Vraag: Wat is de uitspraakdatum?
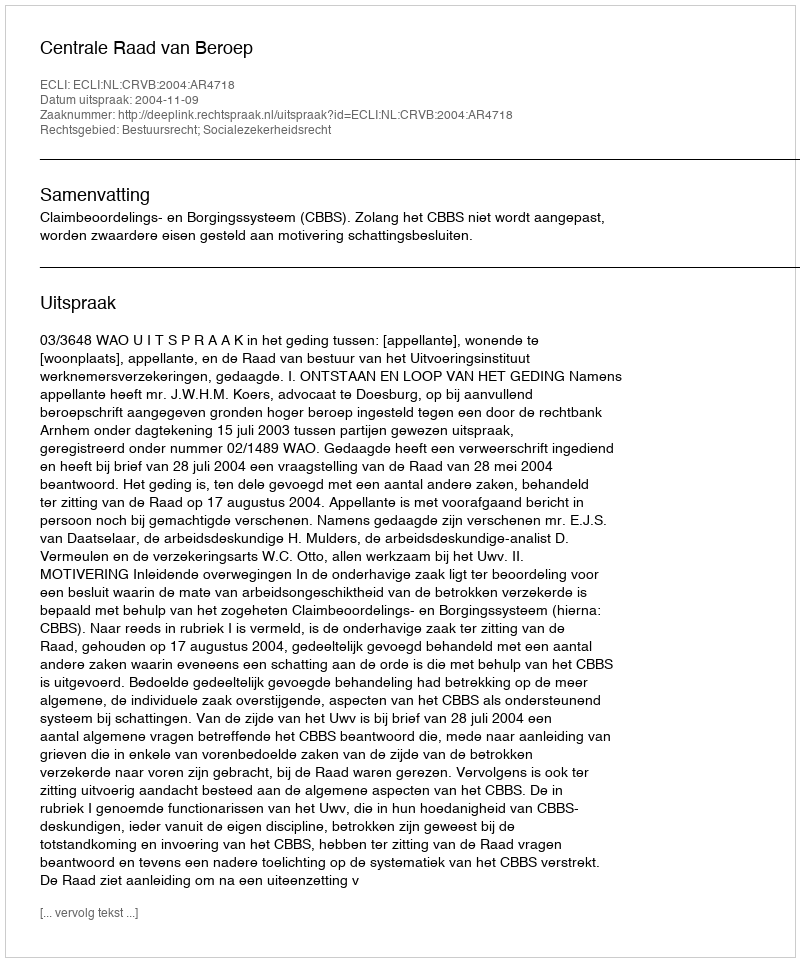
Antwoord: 2004-11-09